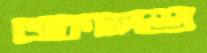
ডাকালশু